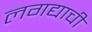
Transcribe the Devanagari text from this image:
लगद्याची